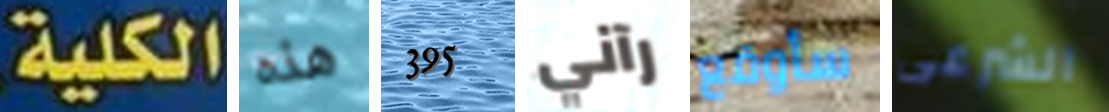
الكلية هذه 395 رآني سأوقع الشرعى